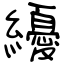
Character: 纋